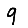
Digit: 9